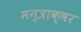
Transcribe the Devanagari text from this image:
मन्त्राक्षर